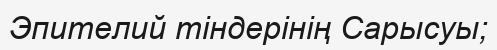
Эпителий тіндерінің Сарысуы;